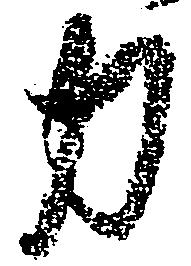
力